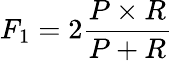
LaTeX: F_{1}=2\frac{P\times R}{P+R}